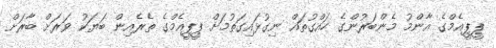
ޕީޕީއެމްގެ އާންމު މެންބަރުންގެ ހައްގުތައް ނިގުޅައިގަތުމަށް ޕީޕީއެމްގެ ތެރެއިން ބަޔަކު ވަރަށް ބާރަށް